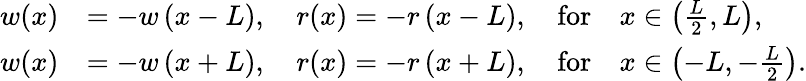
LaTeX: \begin{array}{r}{\begin{array}{rl}{w(x)}&{=-w\left(x-L\right),\quad r(x)=-r\left(x-L\right),\quad\mathrm{for}\quad x\in\left(\frac L2,L\right),}\\ {w(x)}&{=-w\left(x+L\right),\quad r(x)=-r\left(x+L\right),\quad\mathrm{for}\quad x\in\left(-L,-\frac L2\right).}\end{array}}\end{array}